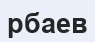
рбаев